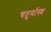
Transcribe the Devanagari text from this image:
चतुर्मास्य